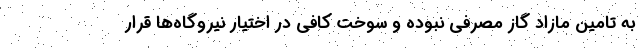
به تامین مازاد گاز مصرفی نبوده و سوخت کافی در اختیار نیروگاه‌ها قرار